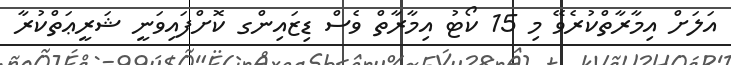
އަލަށް އިމާރާތްކުރެވޭ މި 15 ކޯޓު އިމާރާތް ވެސް ޑިޒައިންގ ކޮށްފައިވަނީ ޝަރީޢަތްކުރާ